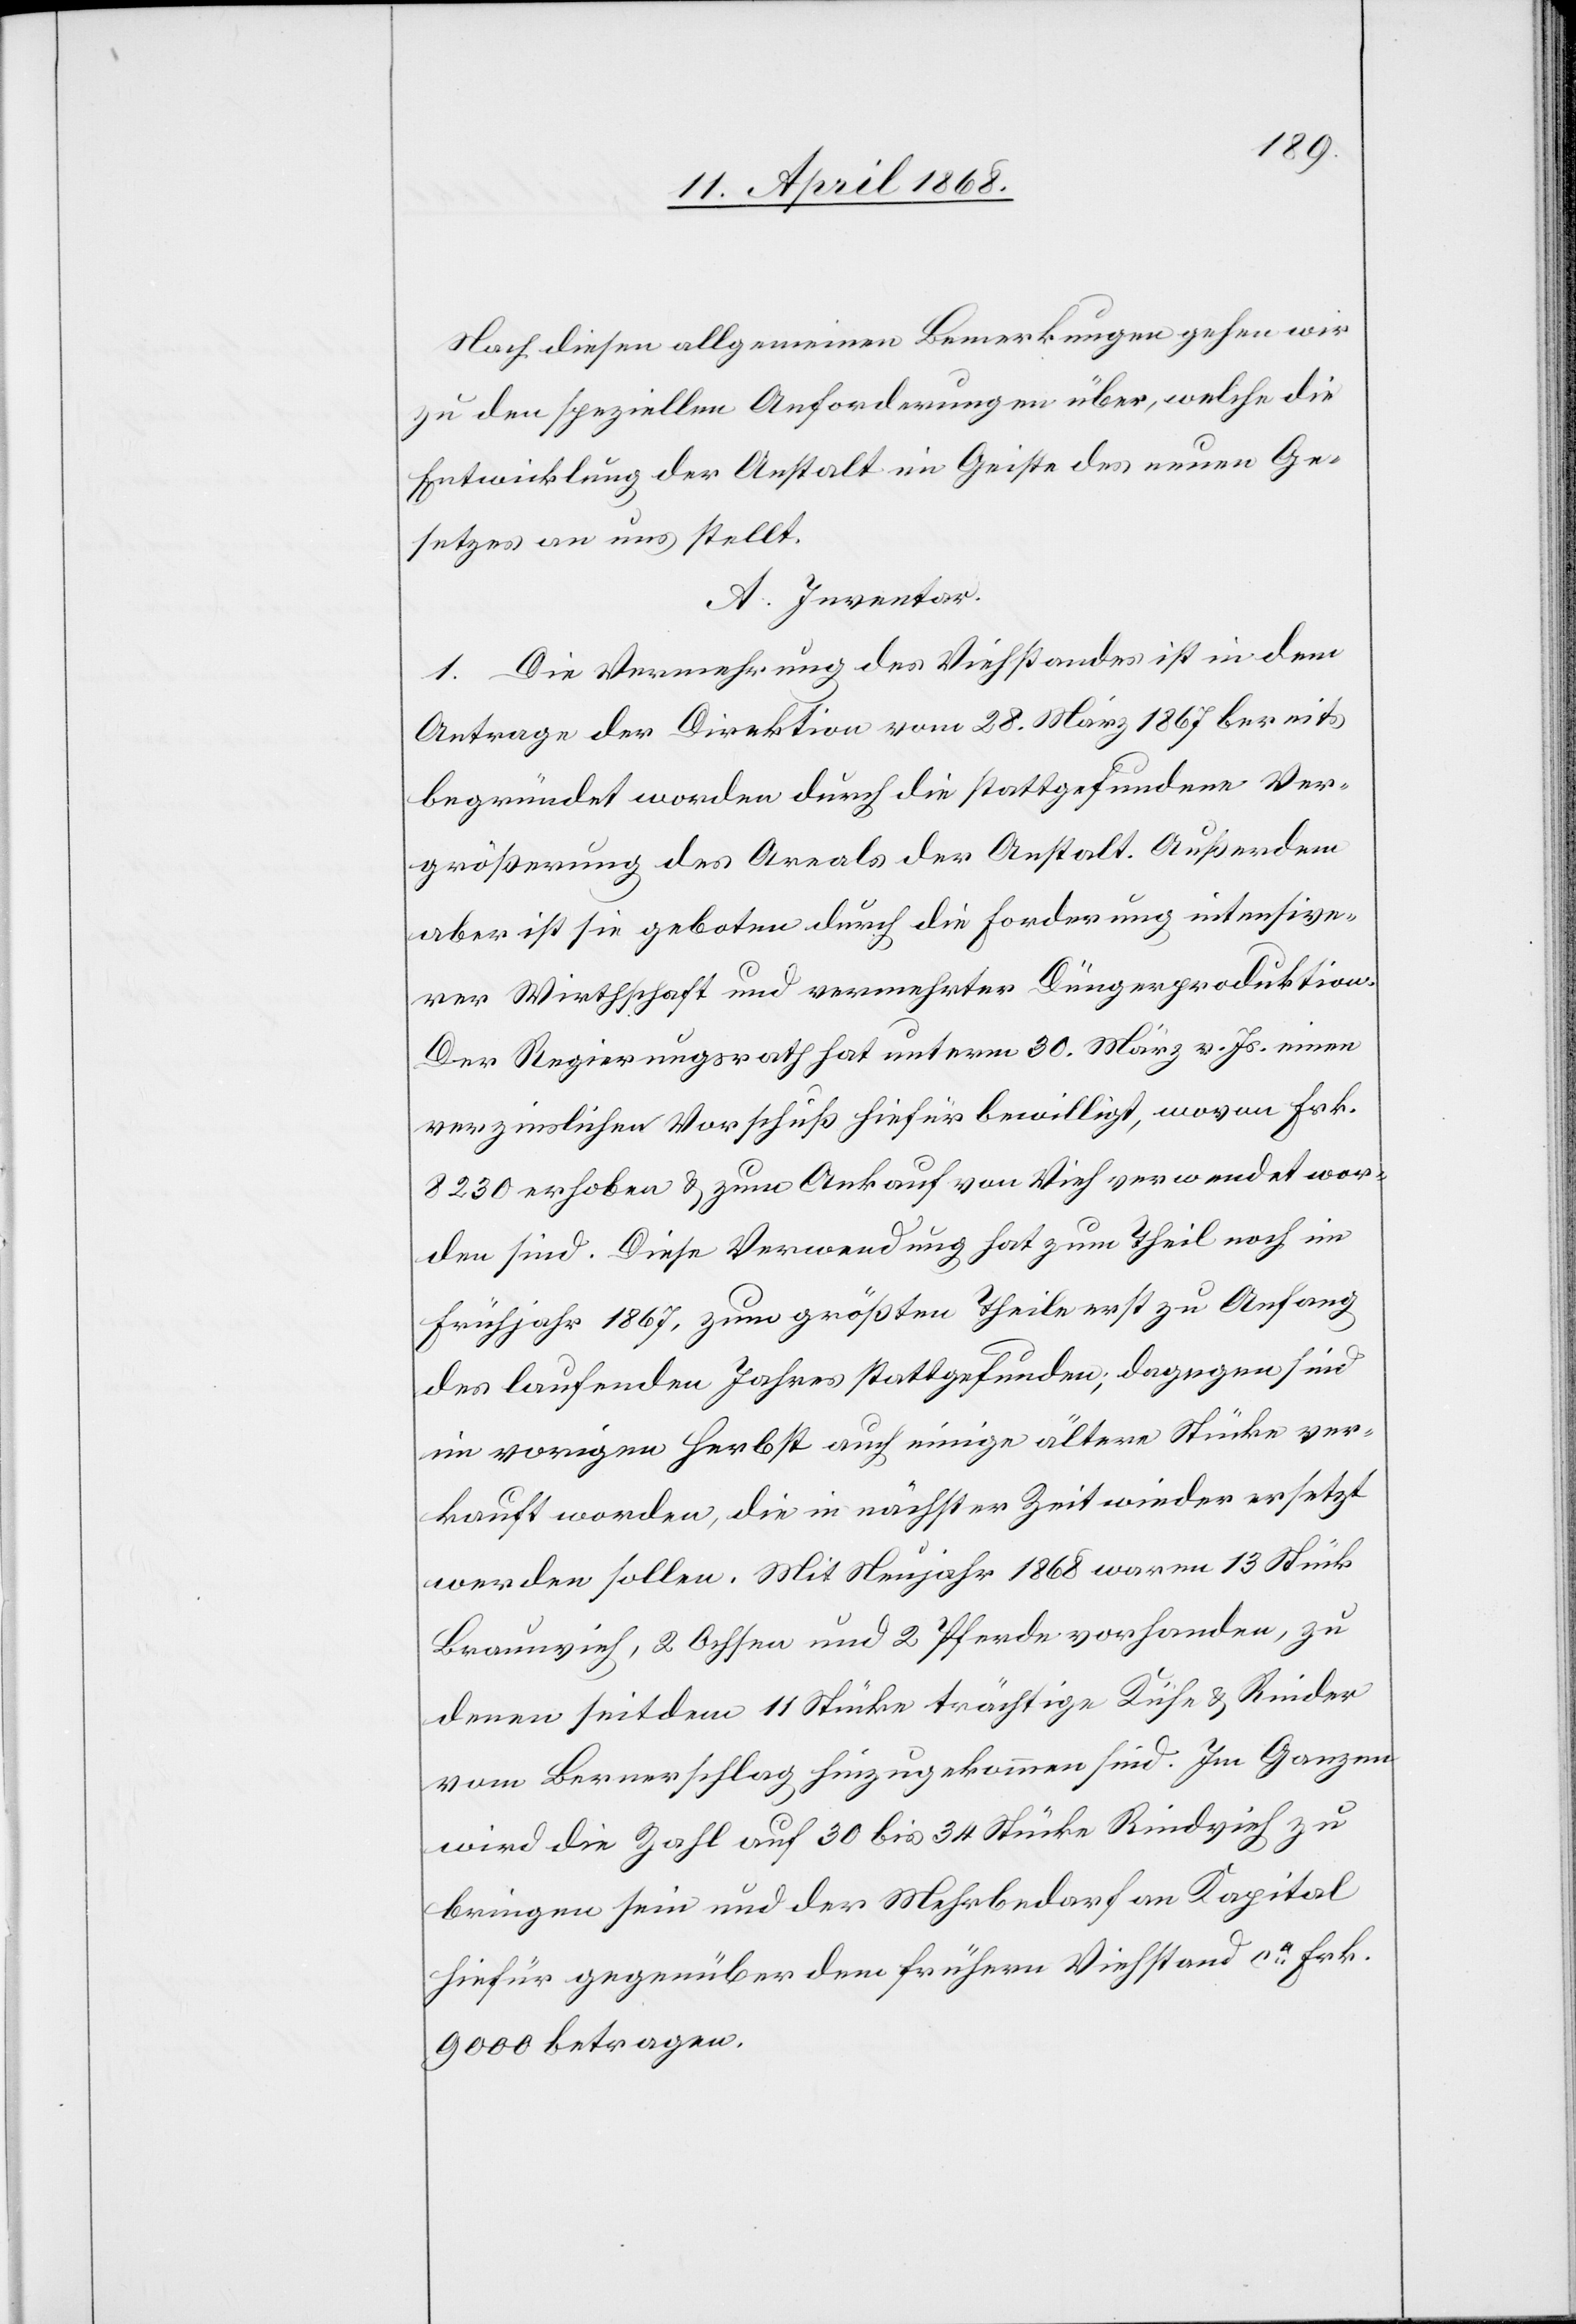
Nach diesen allgemeinen Bemerkungen gehen wir
zu den speziellen Anforderungen über, welche die
Entwicklung der Anstalt im Geiste des neuen Ge¬
setzes an uns stellt.
A. Inventar.
1. Die Vermehrung des Viehstandes ist in dem
Antrage der Direktion vom 28. März 1867 bereits
begründet worden durch die stattgefundene Ver¬
größerung des Areals der Anstalt. Außerdem
aber ist sie geboten durch die Forderung intensive¬
rer Wirthschaft und vermehrter Düngerproduktion.
Der Regierungsrath hat unterm 30. März v. Js. einen
verzinslichen Vorschuß hiefür bewilligt, wovon Frk.
8230 erhoben & zum Ankauf von Vieh verwendet wor¬
den sind. Diese Verwendung hat zum Theil noch im
Frühjahr 1867, zum größten Theile erst zu Anfang
des laufenden Jahres stattgefunden; dagegen sind
im vorigen Herbst auch einige ältere Stücke ver¬
kauft worden, die in nächster Zeit wieder ersetzt
werden sollen. Mit Neujahr 1868 waren 13 Stück
Braunvieh, 2 Ochsen und 2 Pferde vorhanden, zu
denen seitdem 11 Stücke trächtige Kühe & Rinder
vom Bernerschlag hinzugekommen sind. Im Ganzen
wird die Zahl auf 30 bis 34 Stücke Rindvieh zu
bringen sein und der Mehrbedarf an Kapital
hiefür gegenüber dem frühern Viehstand ca. Frk.
9000 betragen.